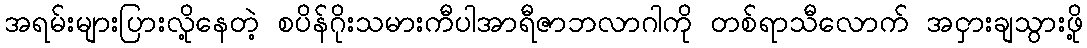
အရမ်းများပြားလို့နေတဲ့ စပိန်ဂိုးသမားကီပါအာရီဇာဘလာဂါကို တစ်ရာသီလောက် အငှားချသွားဖို့